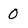
Character: 0